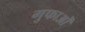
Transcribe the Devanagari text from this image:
गुफाओँ